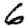
Digit: 6